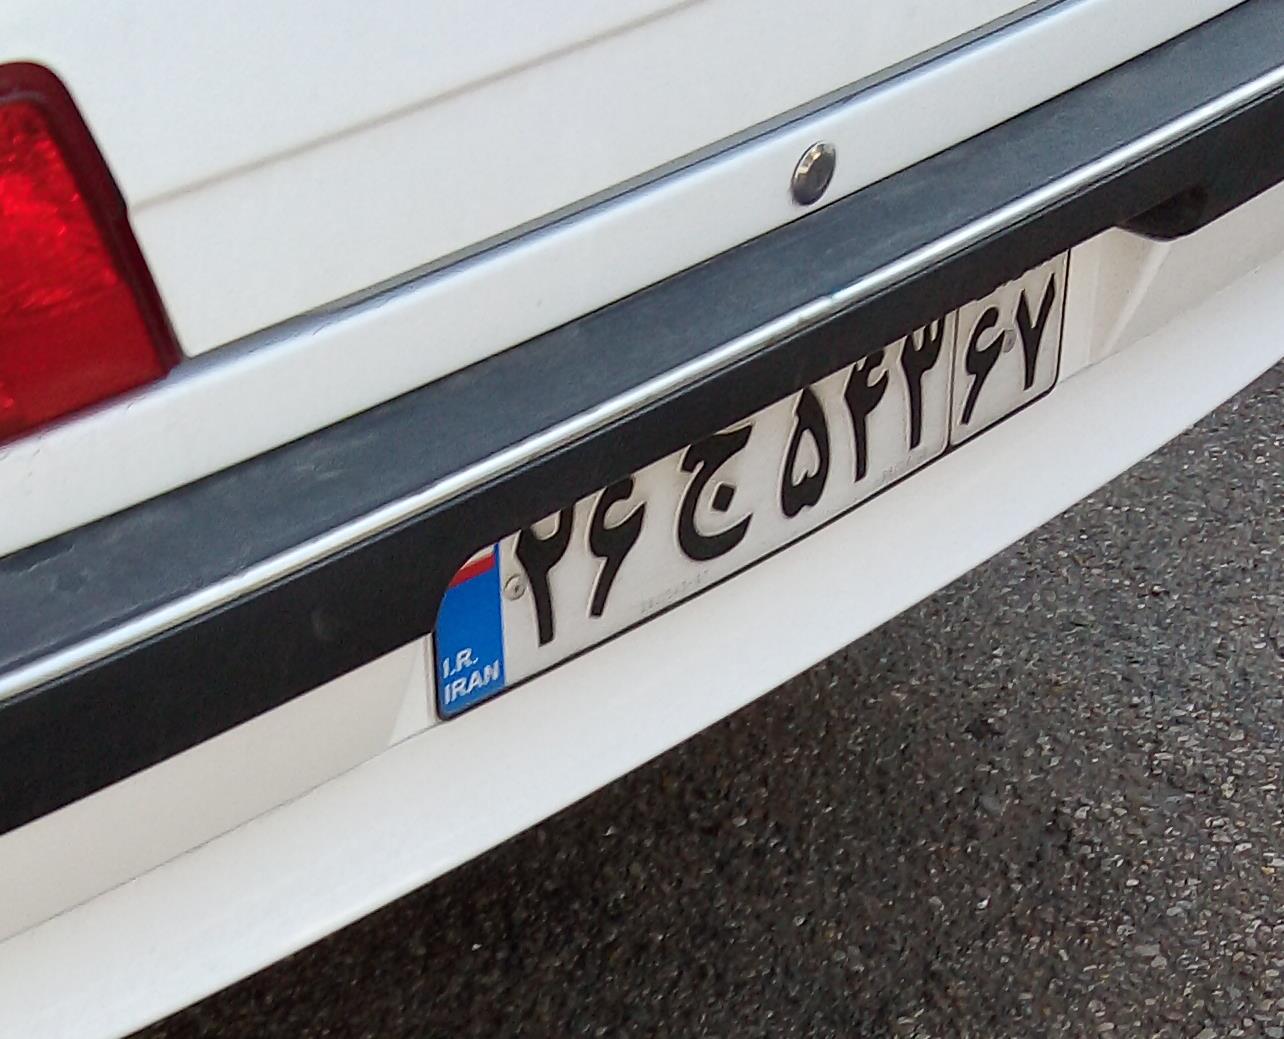
۲۶ج۵۴۳۶۷